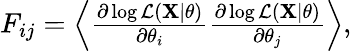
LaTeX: \begin{array}{r}{F_{ij}=\left<\frac{\partial\log\mathcal{L}(\mathbf{X}|\mathbf{\theta})}{\partial\theta_{i}}\frac{\partial\log\mathcal{L}(\mathbf{X}|\mathbf{\theta})}{\partial\theta_{j}}\right>,}\end{array}